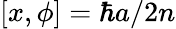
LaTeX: \left[x,\phi\right]={\hbar a}/{2n}